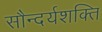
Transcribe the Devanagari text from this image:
सौन्दर्यशक्ति